Ranna_vallavalitsus, lk 9
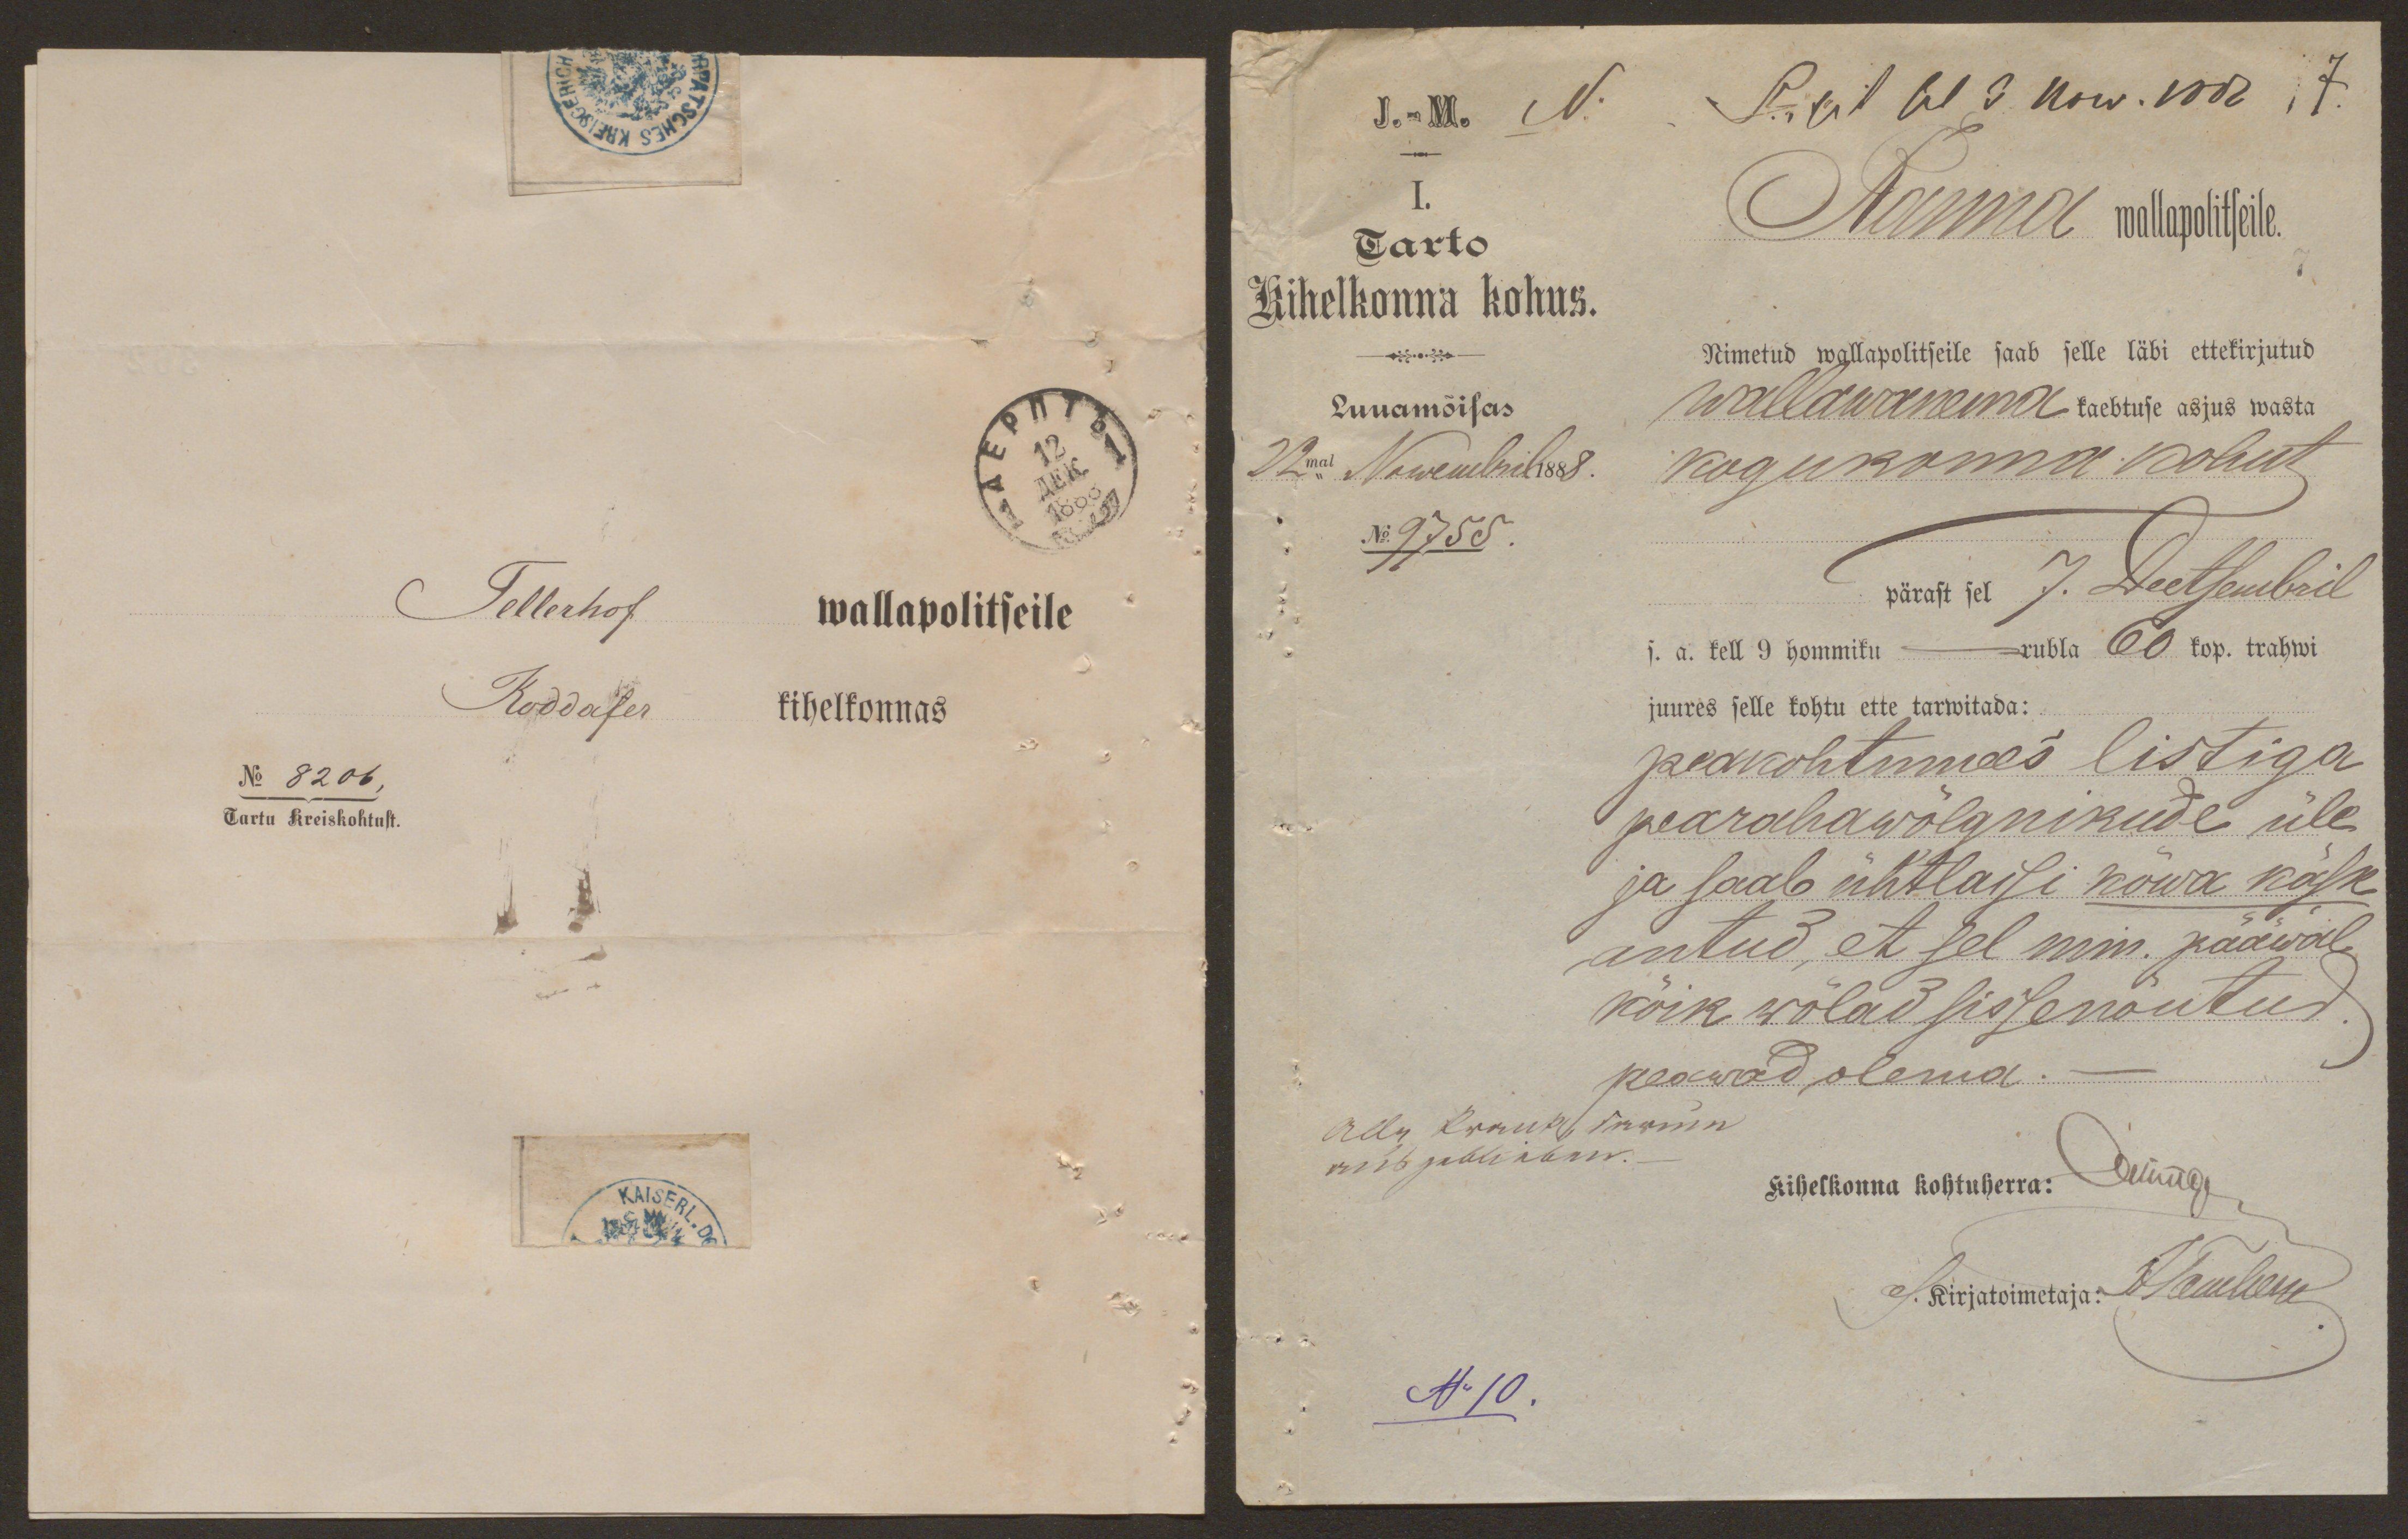
Tellerhof
wallapolitseile
Koddafer
kihelkonnas
No 8206,
Tartu Kreiskohtust.
I.
Ranna
Tarto
wallapolitseile.
Kihelkonna kohus.
Nimetud wallapolitseile saab selle läbi ettekirjutud
Luuamõisas
wallawanema kaebtuse asjus wasta
22mal Nowembril 1888.
kogukonna kohut
No 9755.
pärast sel 7. Deetsembril
s. a. kell 9 hommiku - rubla 60 kop. trahwi
juures selle kohtu ette tarwitada:
peakohtumees listiga
peärahawõlgnikude üle
ja saab ühtlaisi kõwa käsk
antud, et sel min. pääwal
kõik wõlad sissenõutud
peawad olema.
Kihelkonna kohtuherra: Münge
Kirjatoimetaja: J. Samberg
N 10.